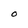
Character: O